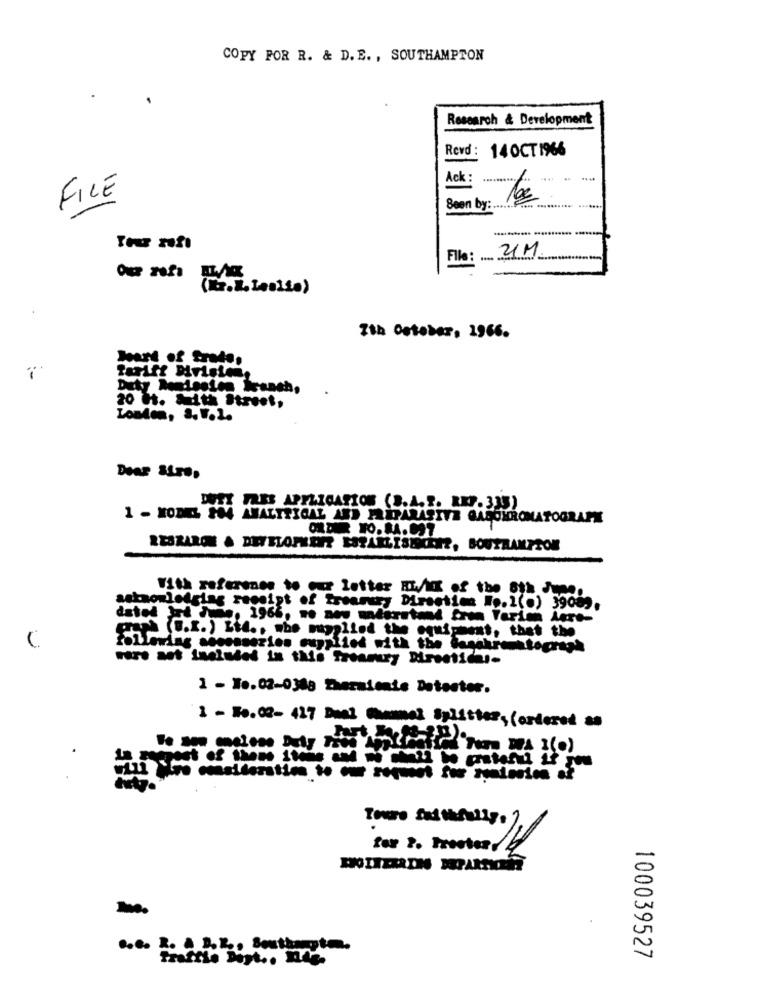
COPY FOR R. & D. E. , SOUTHAMPTON
Research & Development
Revd: 140CT1966
Ack :
FILE
Been by:
File: ..........
(Mr.L. Lesite)
-
7th October, 1966.
20 H. Muith Street,
London, 3. 1.1.
Dear Stro,
FRES APPLICATION (B.A.S. RKP. 335)
1 - MODEL FOR ANALYTICAL AND PREPARASITE GASCHROMATOGRAPHY
ORDER TO.84.097
RESRARON & DEVELOPMENT ESTARLISHKERZ, SOUTHAMPTON
With reference to our letter FLAX of the 8th June,
asksomlodging receipt of freamery Direction #p. 1(.) 3908).
dated Irt muss, 1966, n. now understand fron Tarian Aero-
(".I. ) Ltd ., who mapplied the equipment, that the
following secosseries cuggited with the bagchromatograph
were not included in this Treasury Birentidns-
1 - To.02-0348 Thermienie Detester.
1 - 10.08- 427 Daal Mammmai Splittes, (ordered an
out of thens itous
Touro Smithfully. )
Traffto Dopt .. nie-
100039527